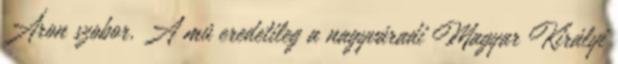
Áron szobor. A mû eredetileg a nagyváradi Magyar Királyi